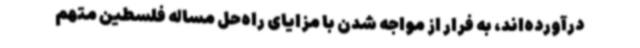
درآورده‌اند، به فرار از مواجه شدن با مزایای راه‌حل مساله فلسطین متهم